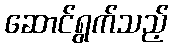
ဆောင်ရွက်သည့်